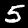
Label: 5